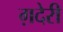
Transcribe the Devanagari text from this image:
ग़देरी